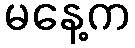
မနေ့က